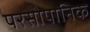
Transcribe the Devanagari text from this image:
परसोपानिक